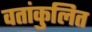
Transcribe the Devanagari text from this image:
वतांकुलित